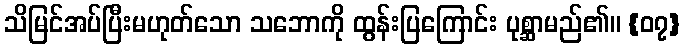
သိမြင်အပ်ပြီးမဟုတ်သော သဘောကို ထွန်းပြကြောင်း ပုစ္ဆာမည်၏။ {၀၇}